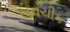
લવચીક